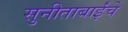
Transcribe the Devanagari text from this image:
सुनीताबाईंचे